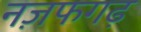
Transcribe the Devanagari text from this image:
नज़फगढ़